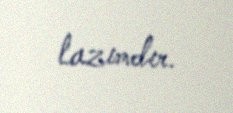
lazımdır.